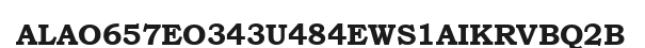
ALAO657EO343U484EWS1AIKRVBQ2B